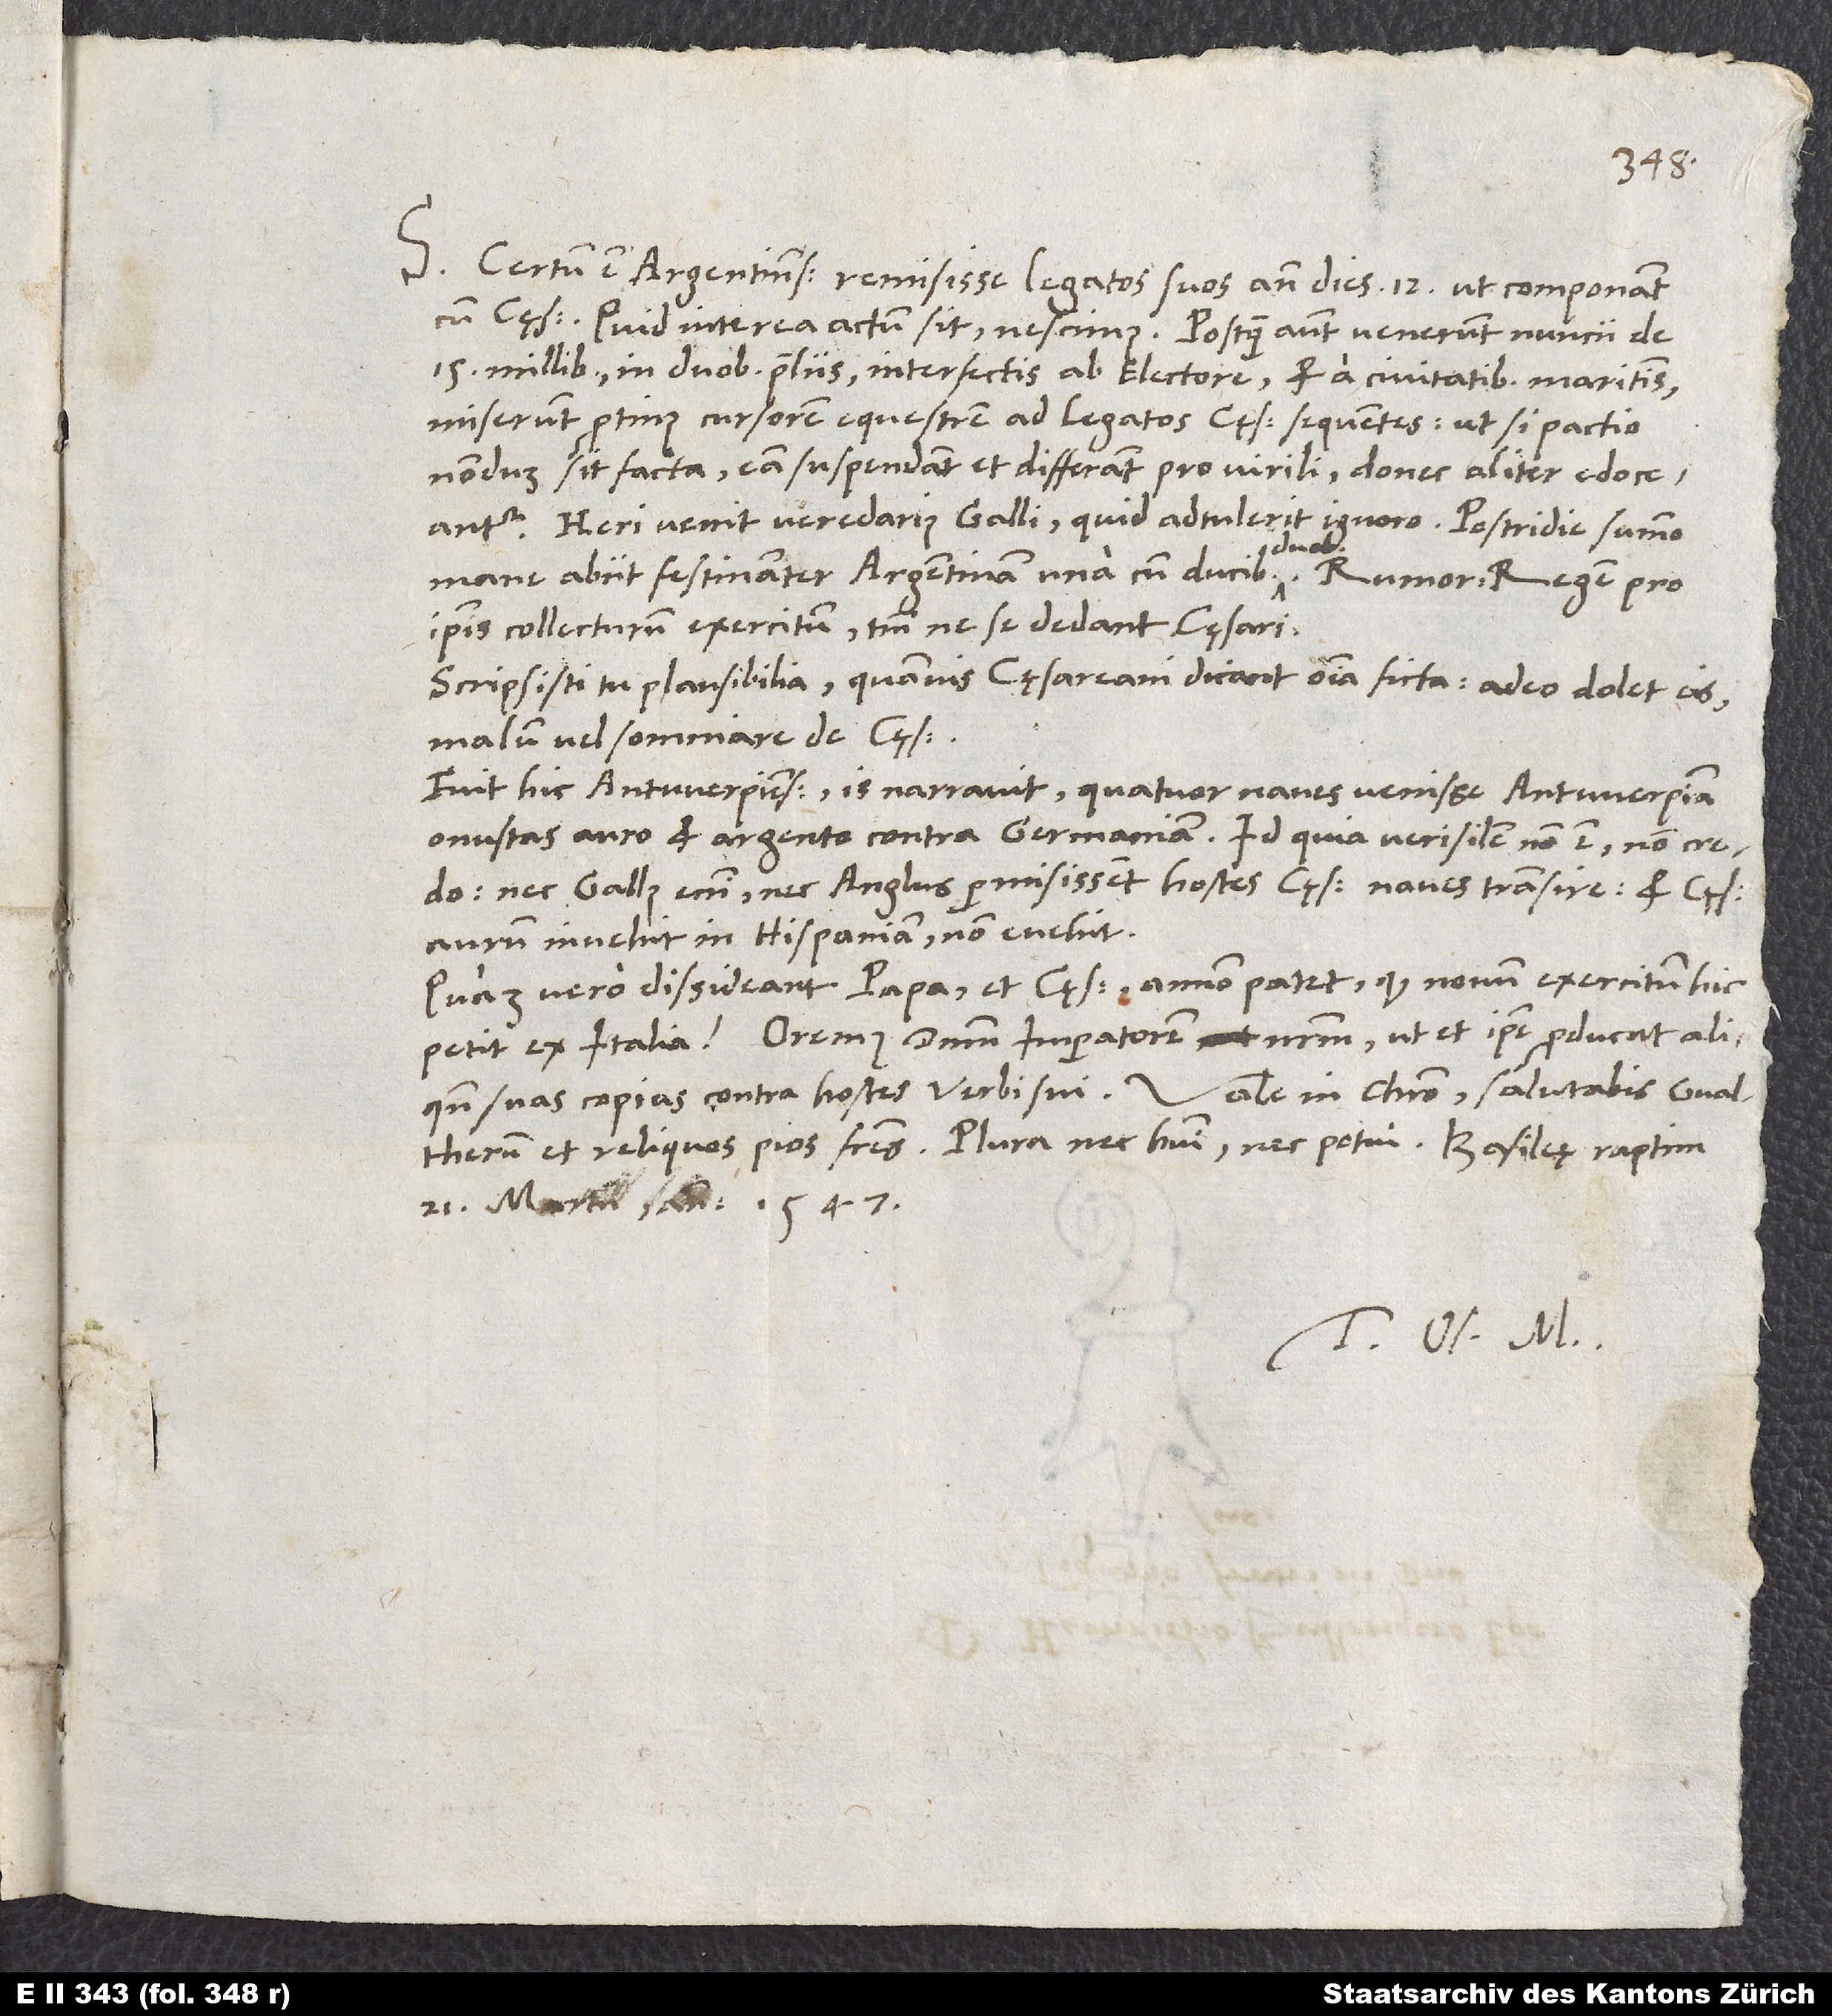
S. Certum est Argentinenses remisisse legatos suos ante dies 12, ut componant
15 millibus in duobus proeliis interfectis ab electore, et a civitatibus maritimis,
miserunt protinus cursorem equestrem ad legatos cęsarem sequentes, ut, si pactio
nondum sit facta, eam suspendant et differant pro virili, donec aliter edoceantur.
Heri venit veredarius Galli. Quid adtulerit, ignoro. Postridie summo
mane abiit festinanter Argentinam una cum ducibus duobus. Rumor: regem pro
ipsis collecturum exercitum, tantum ne se dedant cęsari.
Scripsisti tu plausibilia, quamvis cęsareani dicant omnia ficta, adeo dolet eis
malum vel somniare de cęsare.
Fuit hic Antwerpiensis. Is narravit quatuor naves venisse Antwerpiam
onustas auro et argento contra Germaniam. Id, quia verisimile non est, non credo:
nec Gallus enim nec Anglus permisissent (hostes cęsaris) naves transire; et cęsar
aurum invehit in Hispaniam, non evehit!
Quam vero dissideant papa et cęsar, annon patet, quod novum exercitum hic
aliquando suas copias contra hostes verbis sui. Vale in Christo. Salutabis Gvaltherum
et reliquos pios fratres. Plura nec habui nec potui. Basileę raptim,
21. martii anno 1547.
Tuus Os. M.